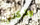
وتركتني